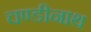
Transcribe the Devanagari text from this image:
चण्‍डीनाथ